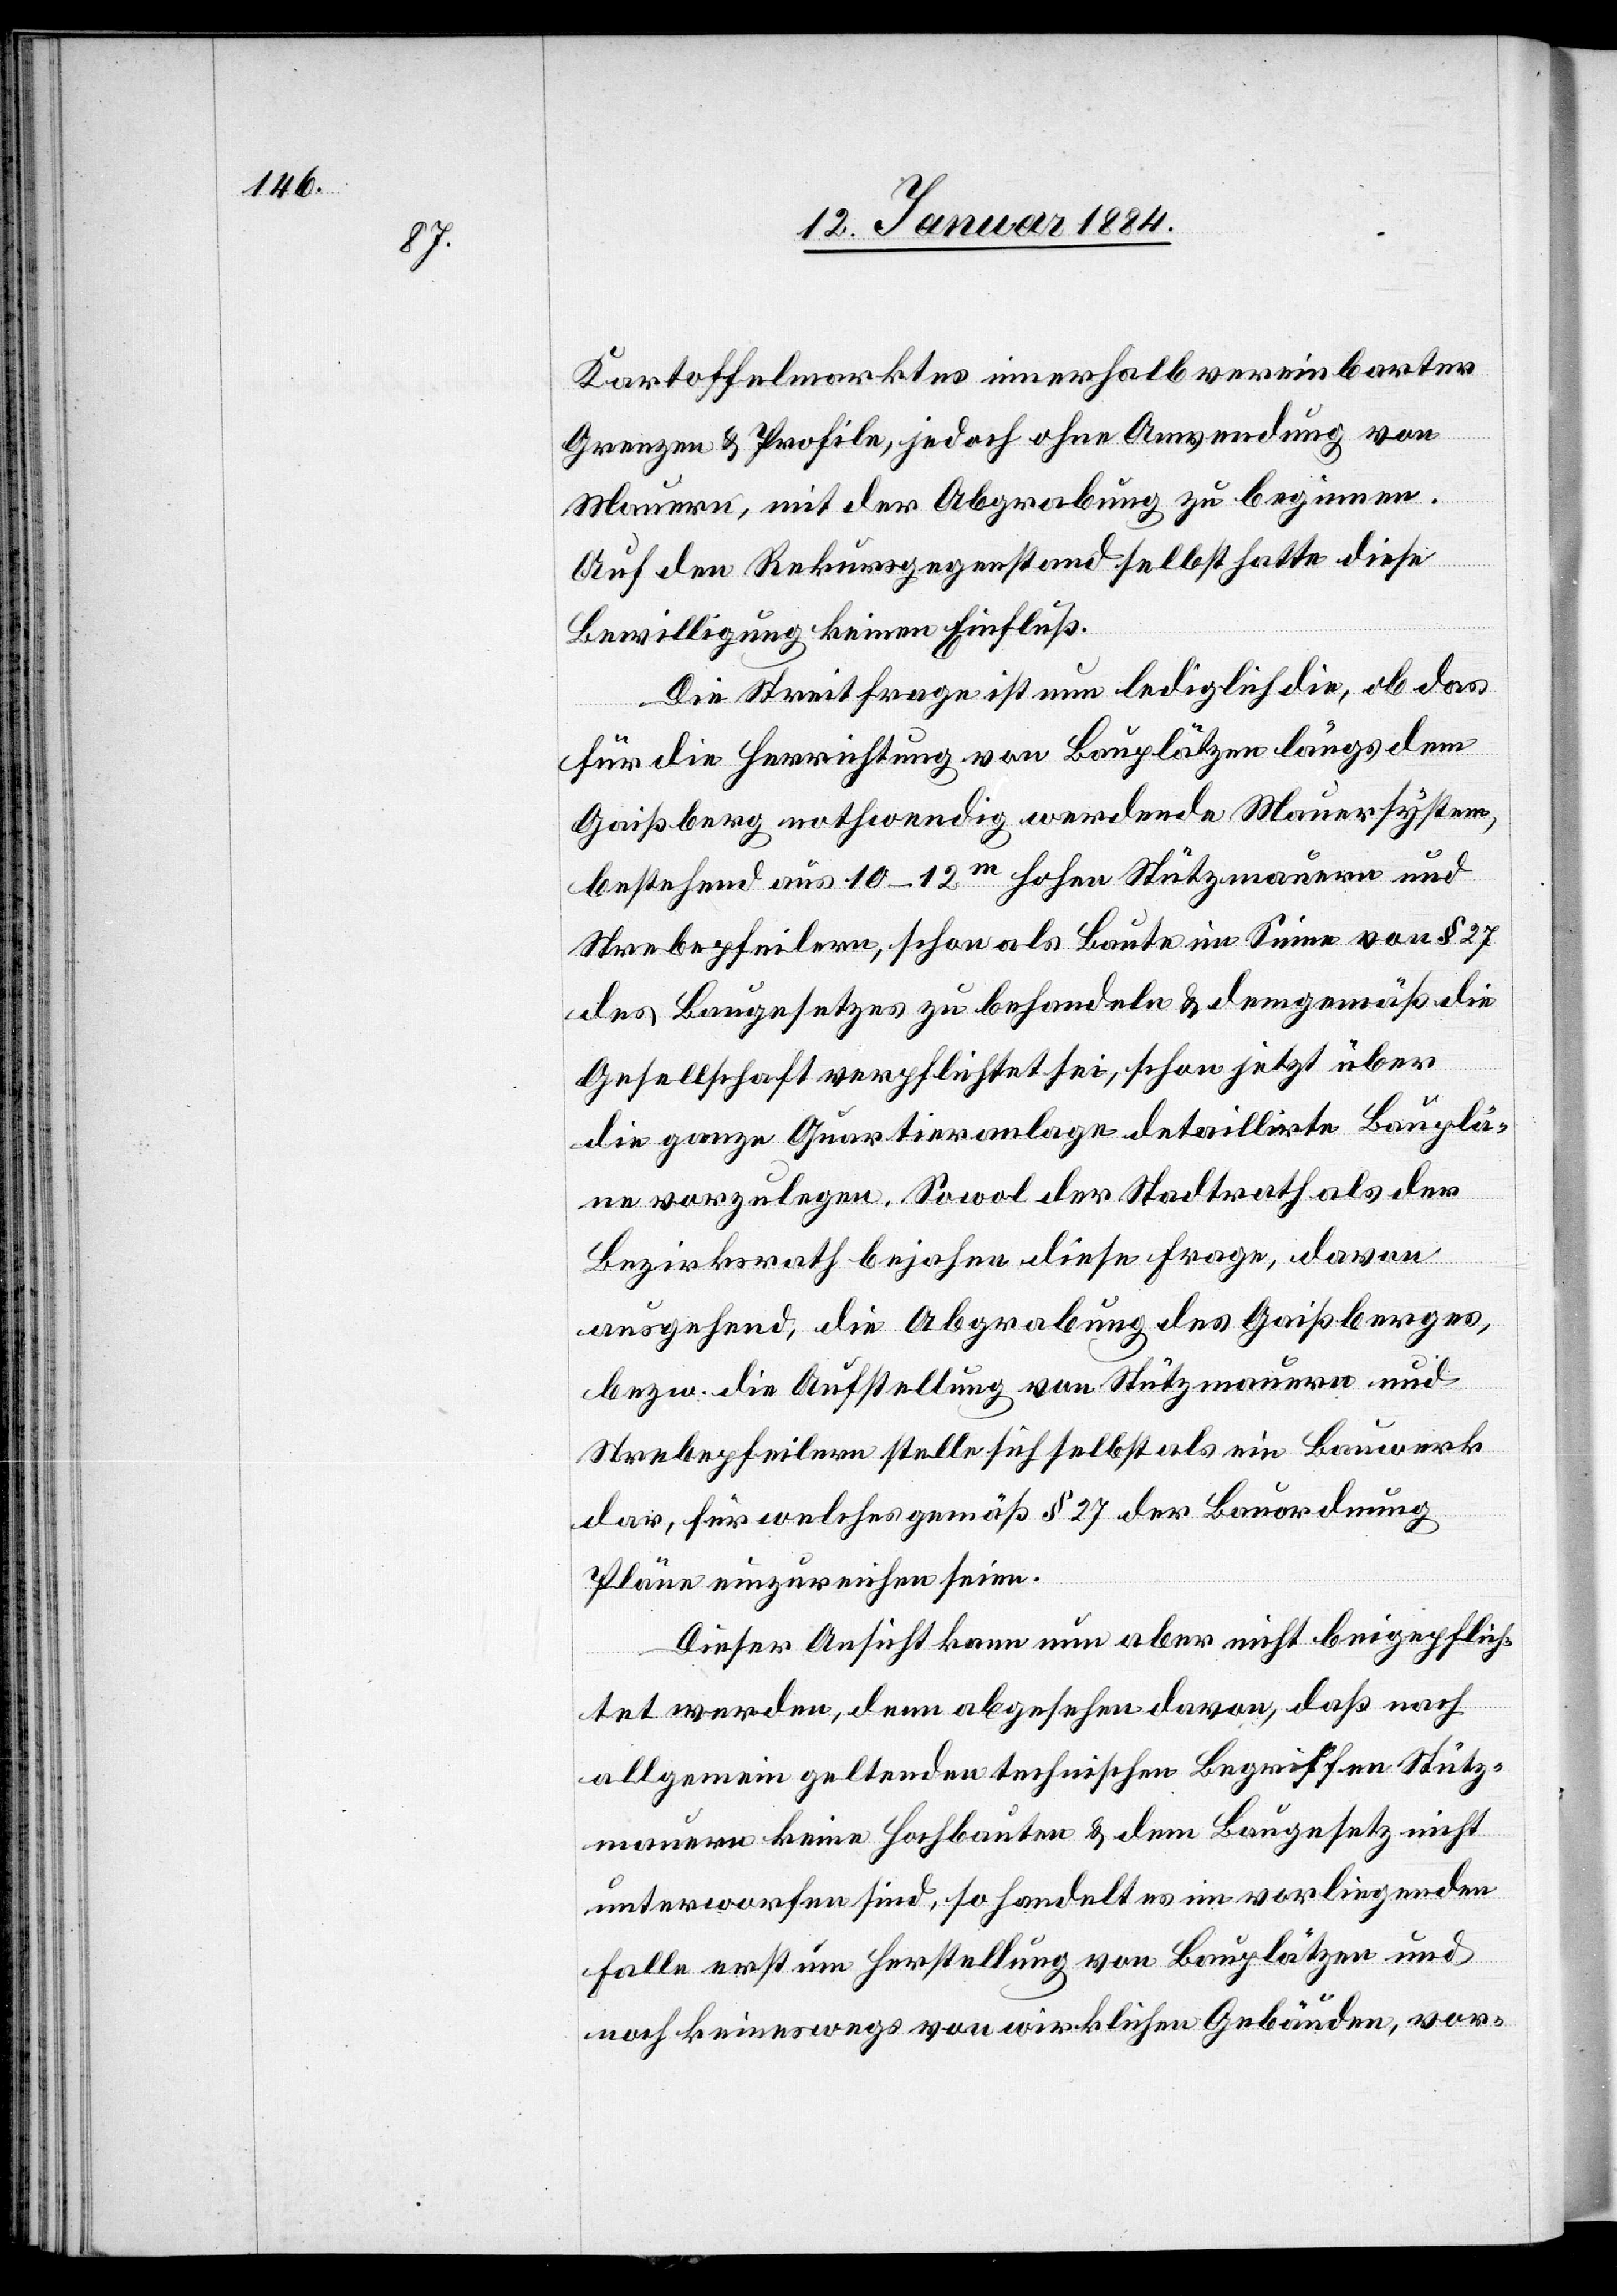
Kartoffelmarktes innerhalb vereinbarter
Grenzen & Profile, jedoch ohne Anwendung von
Mauern, mit der Abgrabung zu beginnen.
Auf den Rekursgegenstand selbst hatte diese
Bewilligung keinen Einfluß.
Die Streitfrage ist nun lediglich die, ob das
für die Herrichtung von Bauplätzen längs dem
Gaißberg nothwendig werdende Mauersystem,
bestehend aus 10–12m hohen Stützmauern und
Strebepfeilern, schon als Baute im Sinne vom § 27
des Baugesetzes zu behandeln & demgemäß die
Gesellschaft verpflichtet sei, schon jetzt über
die ganze Quartieranlage detaillirte Bauplä¬
ne vorzulegen. Sowol der Stadtrath als der
Bezirksrath bejahen diese Frage, davon
ausgehend, die Abgrabung des Gaißberges,
bzw. die Aufstellung von Stützmauern und
Strebepfeilern stelle sich selbst als ein Bauwerk
dar, für welches gemäß § 27 der Bauordnung
Pläne einzureichen seien.
Dieser Ansicht kann nun aber nicht beigepflich¬
tet werden, denn abgesehen davon, daß nach
allgemein geltenden technischen Begriffen Stütz¬
mauern keine Hochbauten & dem Baugesetz nicht
unterworfen sind, so handelt es [sich] im vorliegenden
Falle erst um Herstellung von Bauplätzen und
noch keineswegs von wirklichen Gebäuden, vor-